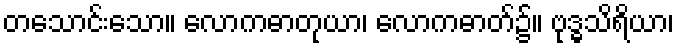
တသောင်းသော။ လောကဓာတုယာ၊ လောကဓာတ်၌။ ဗုဒ္ဓသိရိယာ၊